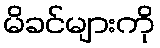
မိခင်များကို